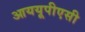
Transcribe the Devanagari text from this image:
आययूपीएसी